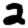
Digit: 2